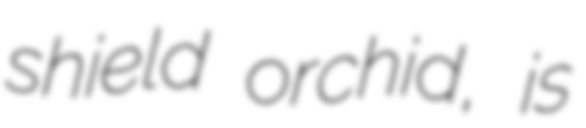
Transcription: shield orchid, is